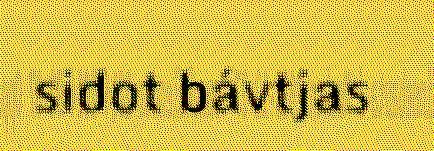
sidot bávtjas